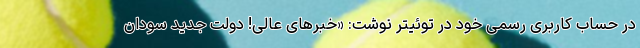
در حساب کاربری رسمی خود در توئیتر نوشت: «خبرهای عالی! دولت جدید سودان